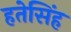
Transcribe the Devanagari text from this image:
हतेसिंह